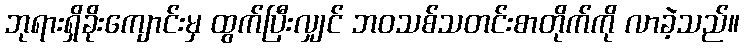
ဘုရားရှိခိုးကျောင်းမှ ထွက်ပြီးလျှင် ဘဝသစ်သတင်းစာတိုက်ကို လာခဲ့သည်။